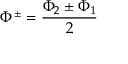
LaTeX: \Phi ^ { \pm } = \frac { \Phi _ { 2 } \pm \Phi _ { 1 } } { 2 }